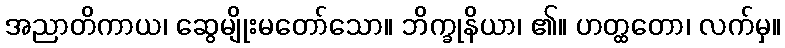
အညာတိကာယ၊ ဆွေမျိုးမတော်သော။ ဘိက္ခုနိယာ၊ ၏။ ဟတ္ထတော၊ လက်မှ။